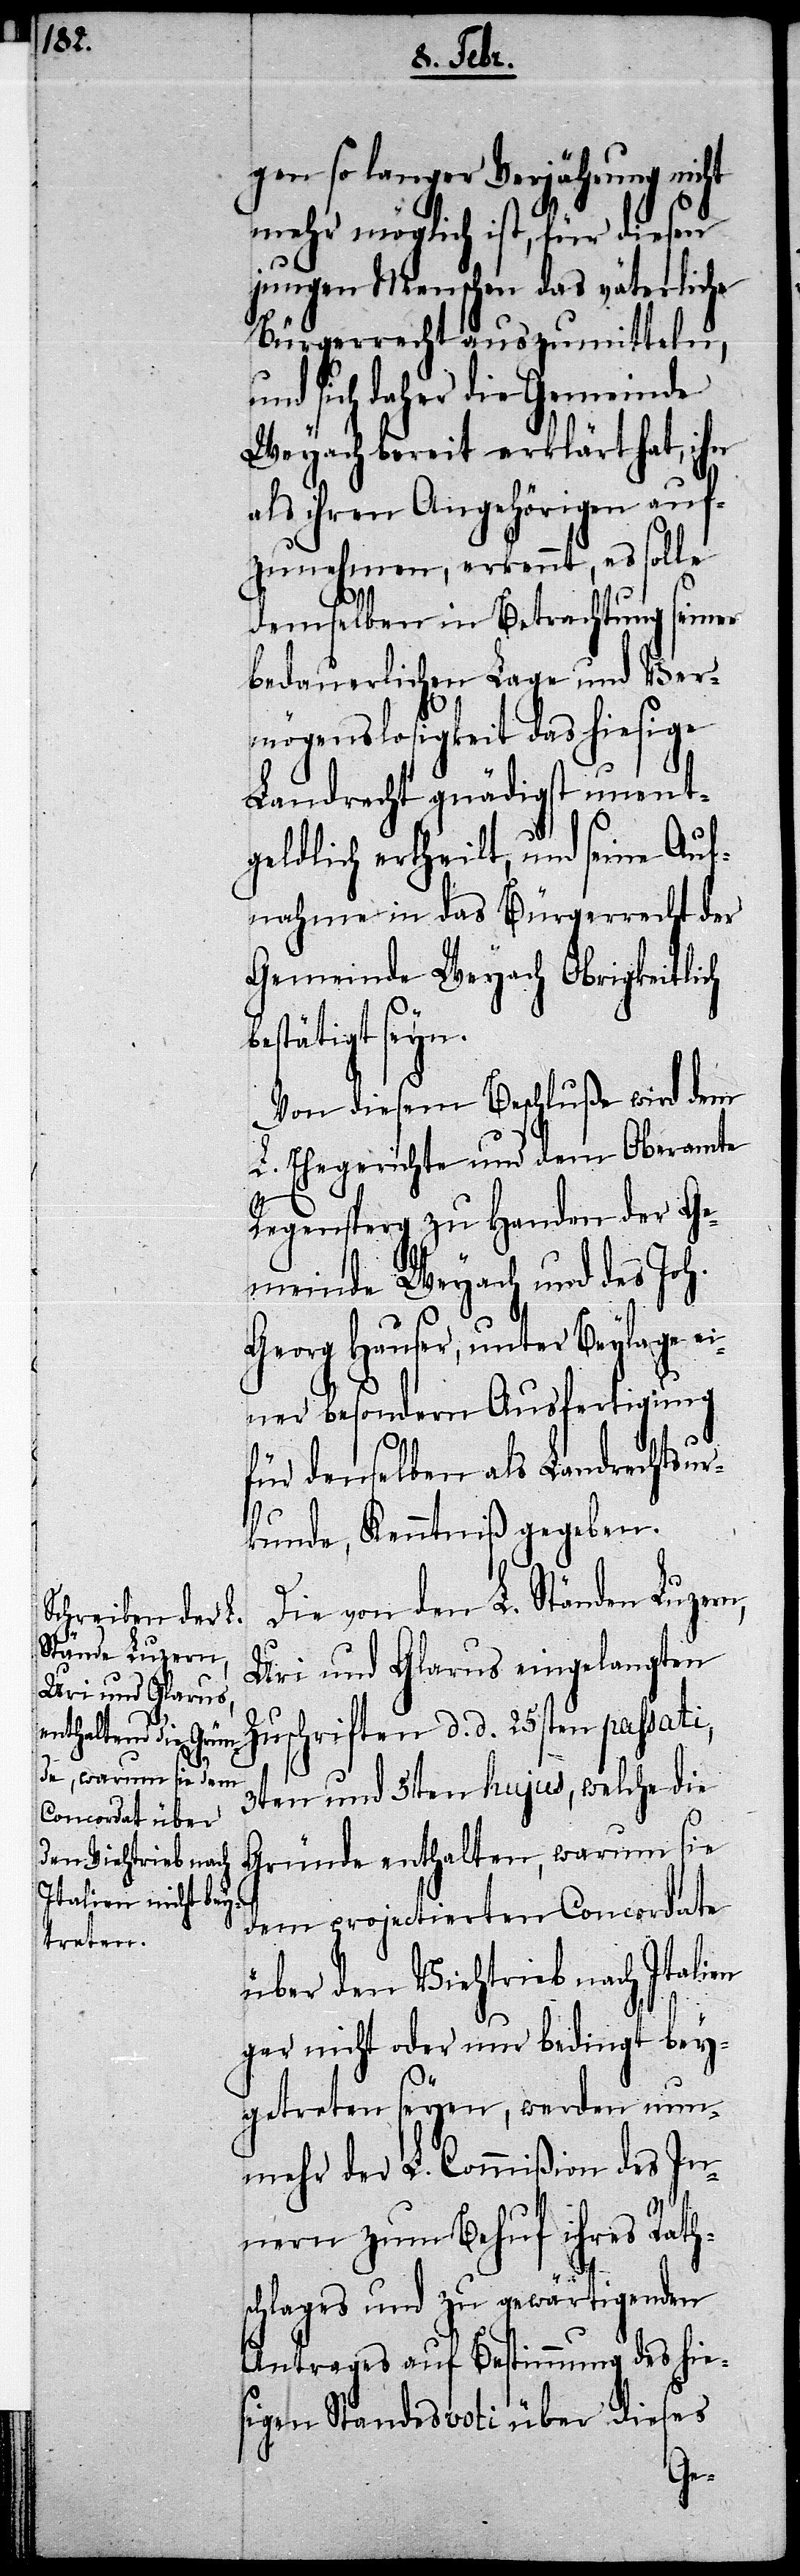
gen so langer Verjährung nicht
mehr möglich ist, für diesen
sich
jungen Menschen das
Bürgerrecht auszu¬
meinde
die
ung
Weyach bereit erklärt
als ihren Angehörigen auf¬
daher
zunehmen, erkennt,
seiner
demselben in Betracht¬
bedauerlichen Lage und Ver¬
mögenslosigkeit das hiesige
Landrecht gnädigst unent¬
geldlich ertheilt, und seine Auf¬
nahme in das Bürgerrecht der
Gemeinde Weyach Obrigkeitlich
bestätigt seyn.
Von diesem Beschluße wird dem
L. Ehegerichte und dem Oberamte
Regensperg zu Handen der Ge¬
meinde Weyach und des Joh.
Georg Hauser, unter Beylage ei¬
ner besondern Ausfertigung
für denselben als Landrechtsur¬
kunde, Kenntniß gegeben.
Die von den L. Ständen Luzern,
Uri und Glarus eingelangten
Zuschriften d. d. 25sten passati,
3ten und 5ten hujus, welche die
Gründe enthalten, warum sie
dem projectierten Concordate
über den Viehtrieb nach Italien
gar nicht oder nur bedingt bey¬
getreten seyen, werden nun¬
mehr der L. Commißion des In¬
nern zum Behuf ihres Raths¬
chlages und zu gewärtigenden
Antrages auf Bestimmung des hie¬
sigen Standesvoti über dieses
Ge¬